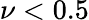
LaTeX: \nu<0.5